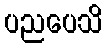
ပညပေသိ